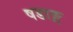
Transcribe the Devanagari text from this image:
षडाङ्ग